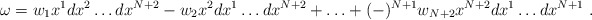
\begin{align*}\omega = w_1 x^1 dx^2\ldots dx^{N+2} - w_2 x^2 dx^1\ldots dx^{N+2} + \ldots+ (-)^{N+1} w_{N+2} x^{N+2} dx^1\ldots dx^{N+1}~.\end{align*}